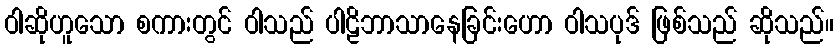
ဝါဆိုဟူသော စကားတွင် ဝါသည် ပါဠိဘာသာနေခြင်းဟော ဝါသပုဒ် ဖြစ်သည် ဆိုသည်။